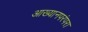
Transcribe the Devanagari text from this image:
आख्यानपरंपरा